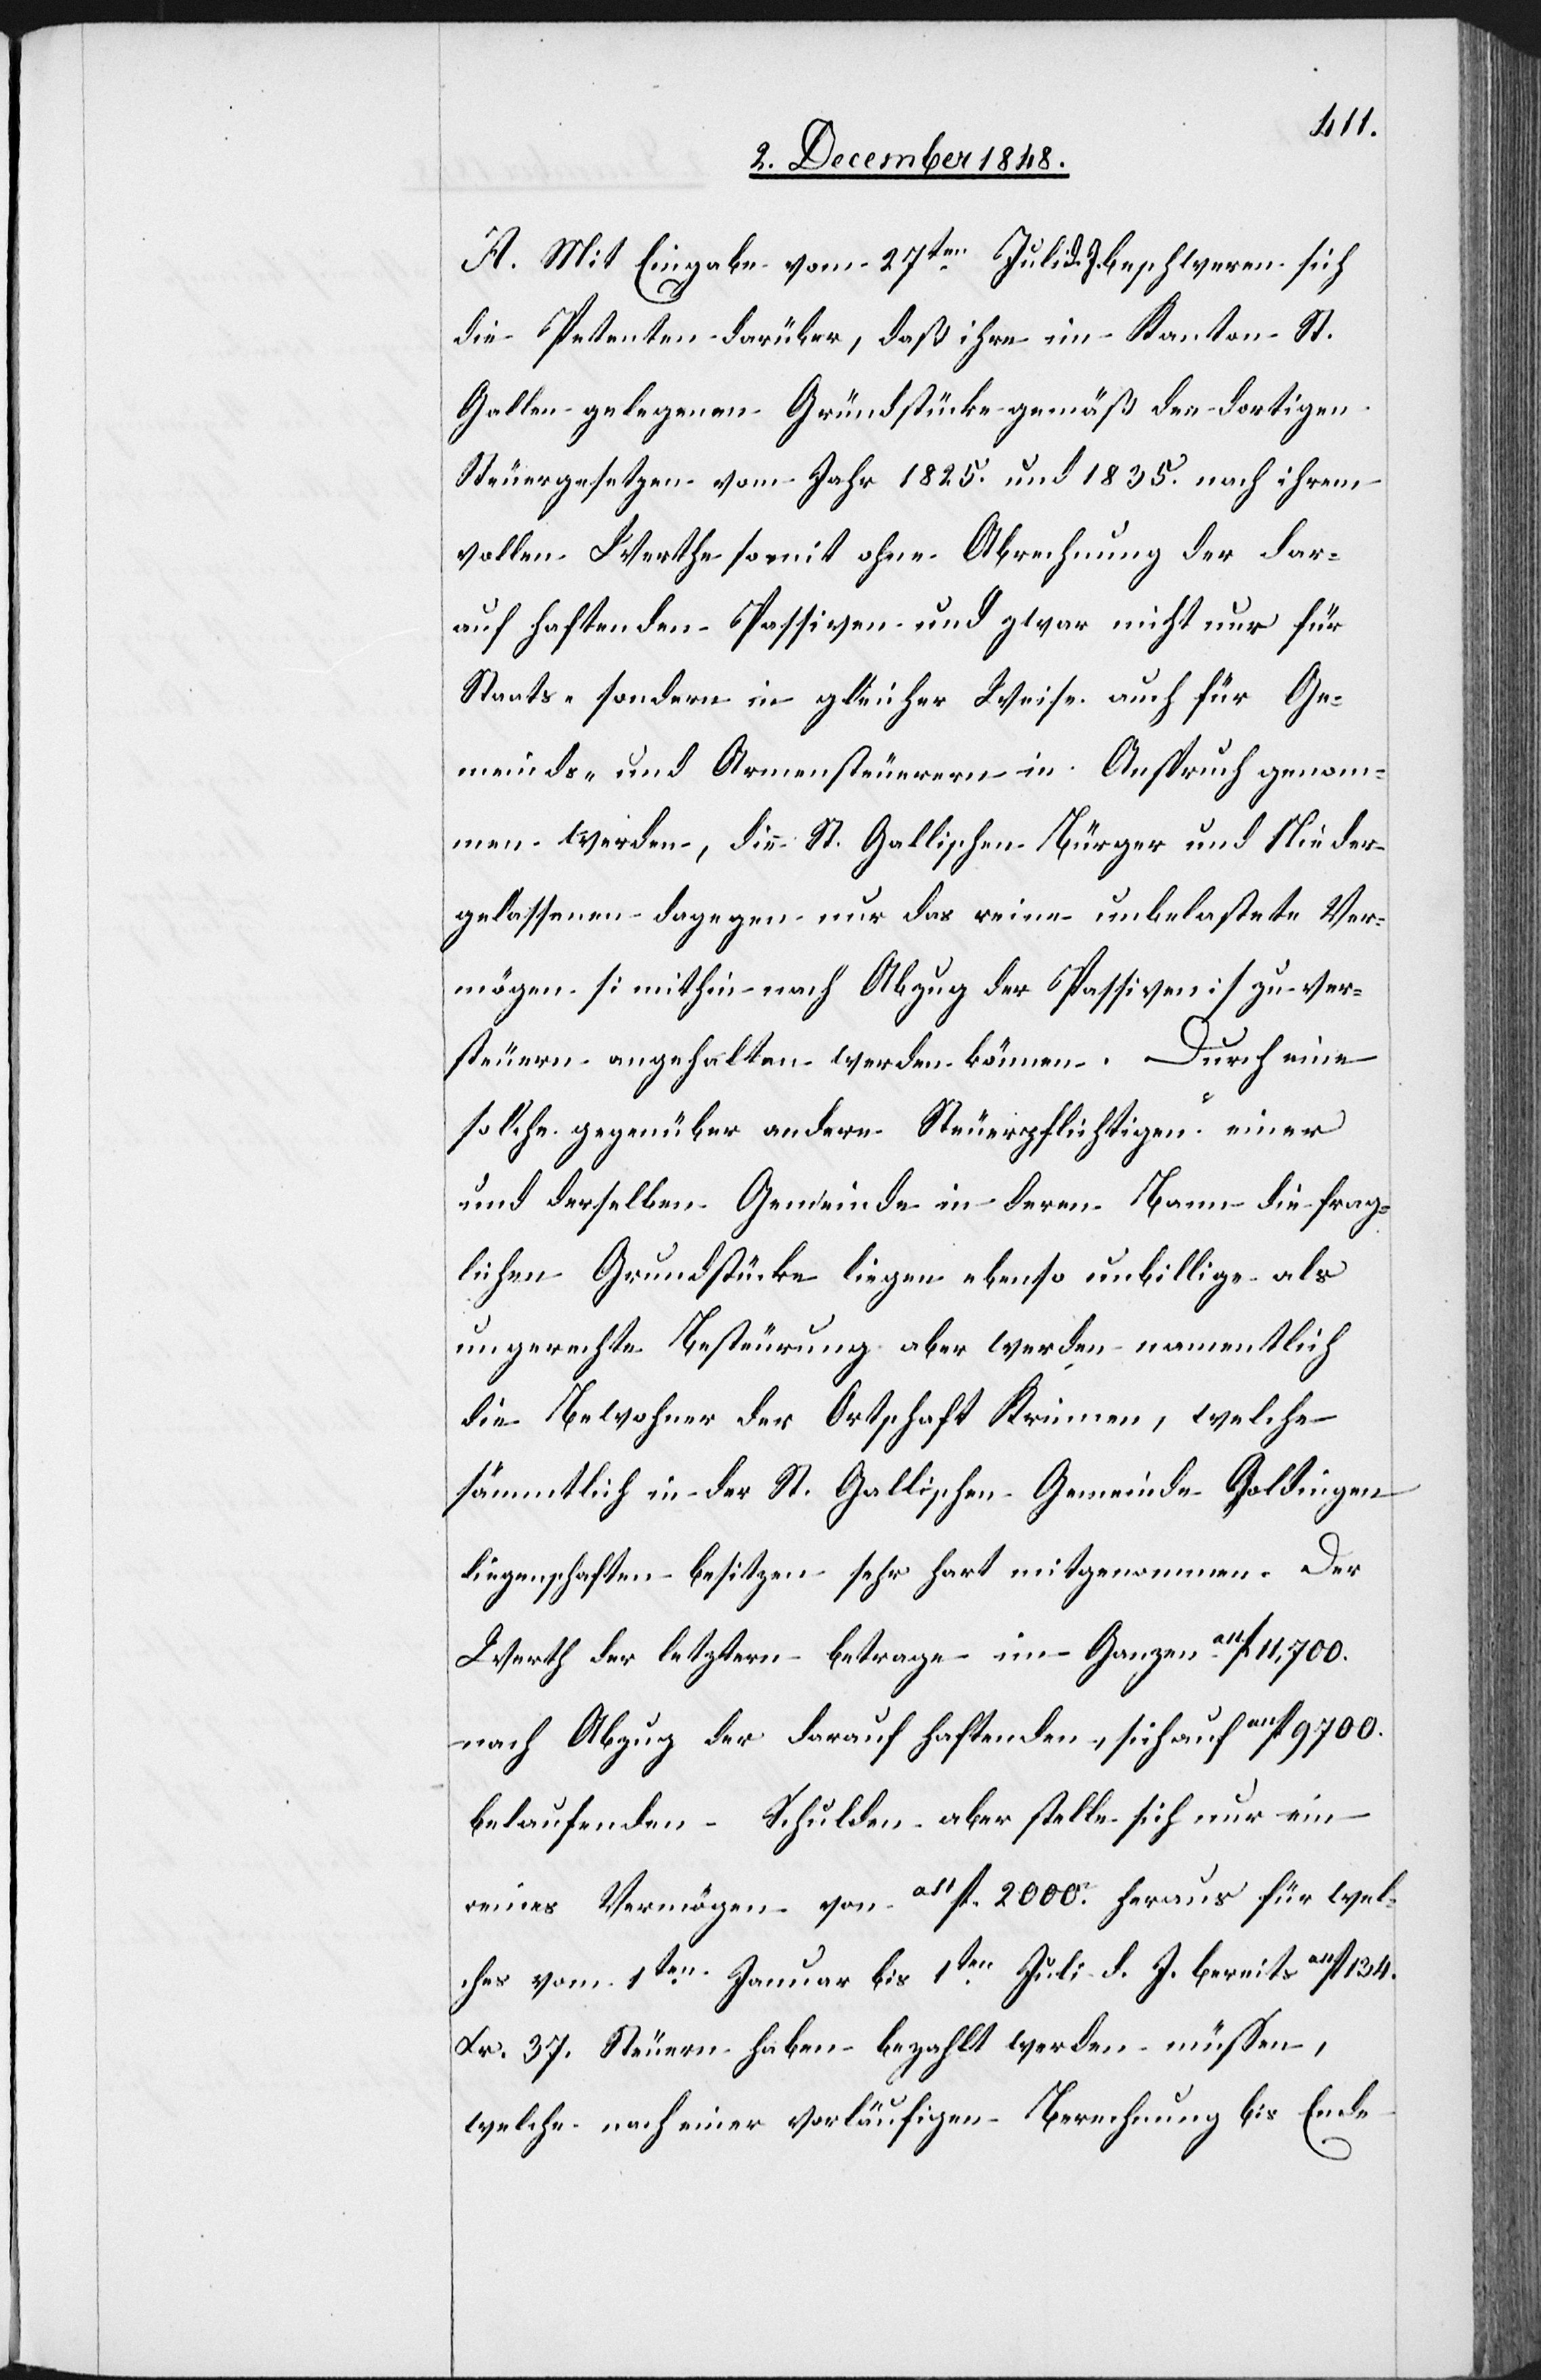
A. Mit Eingabe vom 27ten Juli d. J. beschweren sich
die Petenten darüber, daß ihre im Kanton St.
Gallen gelegenen Gründstücke gemäß den dortigen
Steuergesetzen vom Jahr 1825. und 1835. nach ihrem
vollen Werthe somit ohne Abrechnung der dar¬
auf haftenden Passiven und zwar nicht nur für
Staats- sondern in gleicher Weise auch für Ge¬
meinds- und Armensteuerern [sic!] in Anspruch genom¬
men werden, die St. Gallischen Bürger und Nieder¬
gelassenen dagegen nur das reine unbelastete Ver¬
mögen [mithin nach Abzug der Passiven] zu ver¬
steuern angehalten werden können. Durch eine
solche gegenüber andern Steuerpflichtigen einer
und derselben Gemeinde in deren Bann die frag¬
lichen Grundstücke liegen ebenso unbillige als
ungerechte Besteuerung aber werden namentlich
die Bewohner der Ortschaft Krinnen, welche
sämmtlich in der St. Gallischen Gemeinde Goldingen
liegenschaften besitzen sehr hart mitgenommen. Der
Werth der letztern betrage im Ganzen a11fl.
nach Abzug der darauf haftenden, sich auf a11fl. 9700.
belaufenden Schulden aber stelle sich nur ein
reines Vermögen von a11fl. 2000. heraus für wel¬
ches vom 1ten Januar bis 1ten Juli d. J. bereits a11fl.
Xr. 37. Steuern haben bezahlt werden müssen,
welche nach einer vorläufigen Berechnung bis Ende